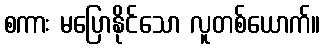
စကား မပြောနိုင်သော လူတစ်ယောက်။